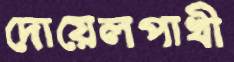
দোয়েলপাখী